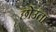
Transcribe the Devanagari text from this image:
छोउता